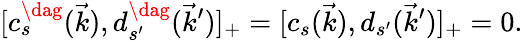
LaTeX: [c_{s}^{\dag}(\vec{k}),d_{s^{\prime}}^{\dag}(\vec{k}^{\prime})]_{+}=[c_{s}(\vec{k}),d_{s^{\prime}}(\vec{k}^{\prime})]_{+}=0.